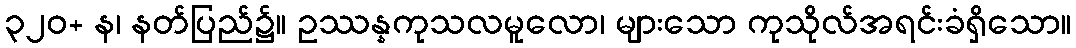
၃၂၀+ န၊ နတ်ပြည်၌။ ဥဿန္နကုသလမူလော၊ များသော ကုသိုလ်အရင်းခံရှိသော။